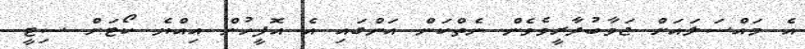
އެ މައްސަލައަށް ޖަވާބުދާރީވެވެން ނެތްކަން އަންގައި އެ އޮފީހުން އިއްޔެ ކޯޓަށް ސިޓީ